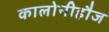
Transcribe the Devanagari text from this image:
कालोनीहौज